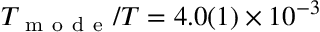
T _ { \mathrm { ~ m ~ o ~ d ~ e ~ } } / T = 4 . 0 ( 1 ) \times 1 0 ^ { - 3 }